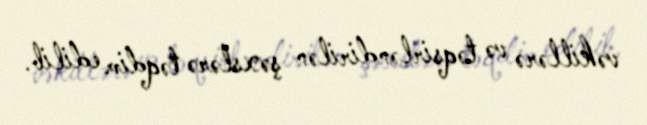
vəkillərə və təqsirləndirilən şəxslərə təqdim edilib.